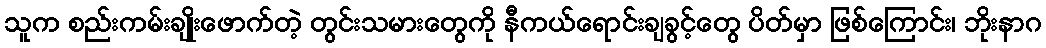
သူက စည်းကမ်းချိုးဖောက်တဲ့ တွင်းသမားတွေကို နီကယ်ရောင်းချခွင့်တွေ ပိတ်မှာ ဖြစ်ကြောင်း၊ ဘိုးနာဂ